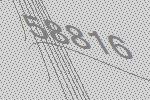
58816